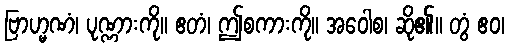
ဗြာဟ္မဏံ၊ ပုဏ္ဏားကို။ ဧတံ၊ ဤစကားကို။ အဝေါစ၊ ဆို၏။ တွံ ဧဝ၊